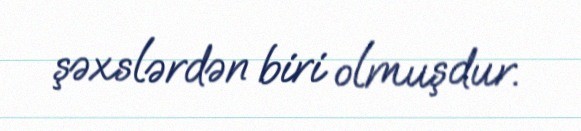
şəxslərdən biri olmuşdur.